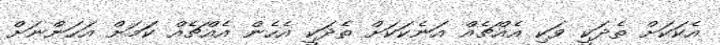
އެކަކަށް ތެދަކީ ވަކި އެއްޗެއް އަނެކަކަށް ތެދަކީ އެހެން އެއްޗެއް ކަަމަށް އަހަންނަށް